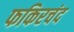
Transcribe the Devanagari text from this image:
फकिरचंद